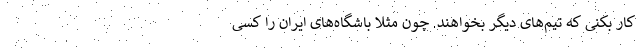
کار بکنی که تیم‌های دیگر بخواهند. چون مثلا باشگاه‌های ایران را کسی